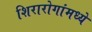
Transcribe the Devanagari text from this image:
शिरारोगांमध्ये